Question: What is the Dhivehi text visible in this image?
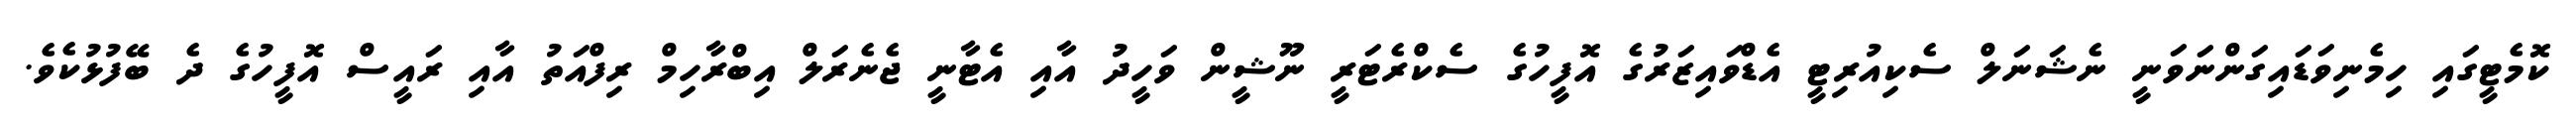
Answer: ކޮމެޓީގައި ހިމެނިވަޑައިގަންނަވަނީ ނެޝަނަލް ސެކިއުރިޓީ އެޑްވައިޒަރުގެ އޮފީހުގެ ސެކްރެޓަރީ ނޫޝީން ވަހީދު އާއި އެޓާނީ ޖެނެރަލް އިބްރާހިމް ރިފްއަތު އާއި ރައީސް އޮފީހުގެ ދެ ބޭފުޅުކެވެ.